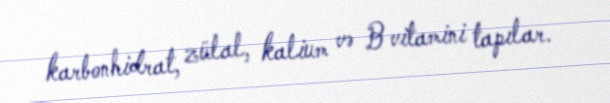
karbonhidrat, zülal, kalium və B vitamini tapılar.